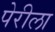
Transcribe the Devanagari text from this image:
पेरीला